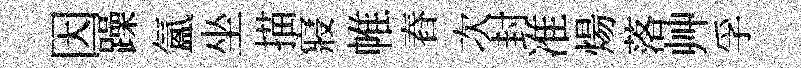
因躁氲坐描寢帷舂次封准煬落艸孚